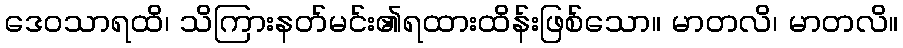
ဒေဝသာရထိ၊ သိကြားနတ်မင်း၏ရထားထိန်းဖြစ်သော။ မာတလိ၊ မာတလိ။